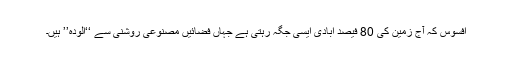
افسوس کہ آج زمین کی 80 فیصد آبادی ایسی جگہ رہتی ہے جہاں فضائیں مصنوعی روشنی سے ‘‘آلودہ’’ ہیں۔